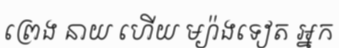
ព្រេង នាយ ហើយ ម្យ៉ាងទៀត អ្នក